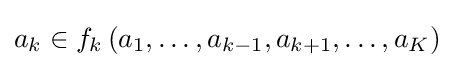
a_{k}\in f_{k}\left(a_{1},\ldots ,a_{k-1},a_{k+1},\ldots ,a_{K}\right)